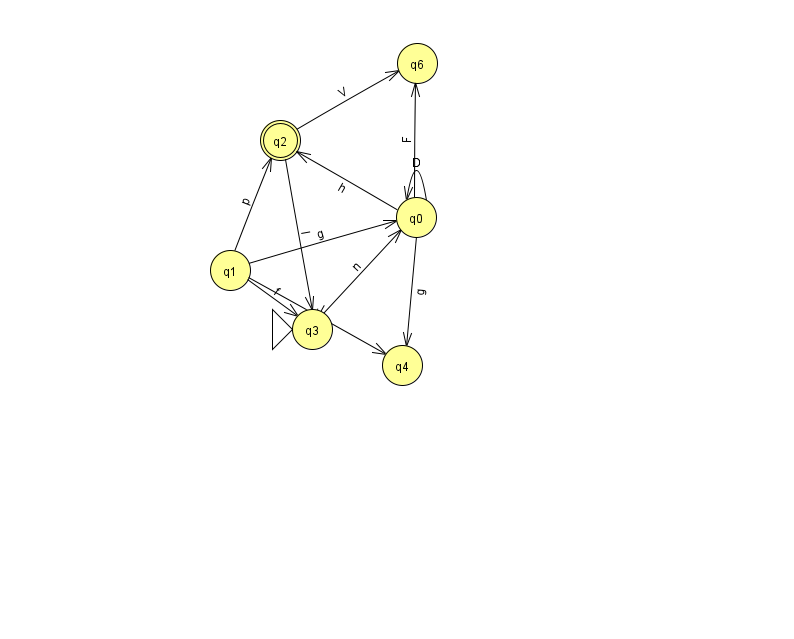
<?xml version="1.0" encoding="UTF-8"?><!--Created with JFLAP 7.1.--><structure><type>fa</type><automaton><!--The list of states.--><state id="0" name="q0"><x>416.0</x><y>204.0</y></state><state id="1" name="q1"><x>230.0</x><y>257.0</y></state><state id="2" name="q2"><x>280.0</x><y>127.0</y><final/></state><state id="3" name="q3"><x>312.0</x><y>316.0</y><initial/></state><state id="4" name="q4"><x>402.0</x><y>352.0</y></state><state id="6" name="q6"><x>417.0</x><y>50.0</y></state><!--The list of transitions.--><transition><from>0</from><to>4</to><read>g</read></transition><transition><from>2</from><to>6</to><read>V</read></transition><transition><from>0</from><to>0</to><read>D</read></transition><transition><from>1</from><to>2</to><read>p</read></transition><transition><from>0</from><to>6</to><read>F</read></transition><transition><from>1</from><to>0</to><read>g</read></transition><transition><from>1</from><to>3</to><read>f</read></transition><transition><from>0</from><to>2</to><read>h</read></transition><transition><from>1</from><to>4</to><read>J</read></transition><transition><from>2</from><to>3</to><read>I</read></transition><transition><from>3</from><to>0</to><read>n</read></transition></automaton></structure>